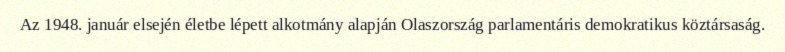
Az 1948. január elsején életbe lépett alkotmány alapján Olaszország parlamentáris demokratikus köztársaság.